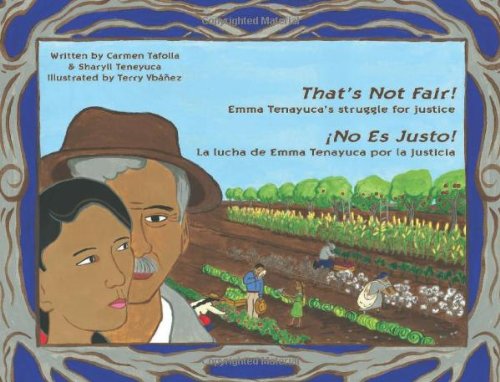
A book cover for That's Not Fair! / Â¡No Es Justo!: Emma Tenayuca's Struggle for Justice/La lucha de Emma Tenayuca por la justicia (Spanish and English Edition); Carmen Tafolla; Biographies & Memoirs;